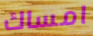
امساك